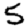
Digit: 5